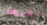
بكيف